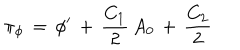
\pi _ { \phi } \, = \, \phi ^ { \prime } \, + \, { \frac { C _ { 1 } } { 2 } } \, A _ { 0 } \, + \, { \frac { C _ { 2 } } { 2 } }